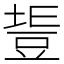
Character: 𧯧